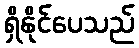
ရှိနိုင်ပေသည်